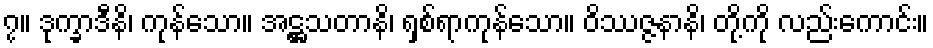
၇။ ဒုက္ခာဒီနိ၊ ကုန်သော။ အဋ္ဌသတာနိ၊ ရှစ်ရာကုန်သော။ ဝိဿဇ္ဇနာနိ၊ တို့ကို လည်းကောင်း။